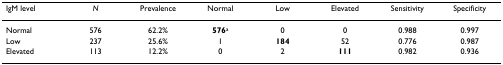
<table><thead><tr><td><b>IgM level</b></td><td><b><i>N</i></b></td><td><b>Prevalence</b></td><td><b>Normal</b></td><td><b>Low</b></td><td><b>Elevated</b></td><td><b>Sensitivity</b></td><td><b>Specificity</b></td></tr></thead><tbody><tr><td>Normal</td><td>576</td><td>62.2%</td><td><b>576</b><sup>a</sup></td><td>0</td><td>0</td><td>0.988</td><td>0.997</td></tr><tr><td>Low</td><td>237</td><td>25.6%</td><td>1</td><td><b>184</b></td><td>52</td><td>0.776</td><td>0.987</td></tr><tr><td>Elevated</td><td>113</td><td>12.2%</td><td>0</td><td>2</td><td><b>111</b></td><td>0.982</td><td>0.936</td></tr></tbody></table>